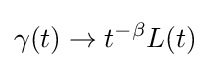
\gamma (t)\rightarrow t^{-\beta }L(t)